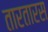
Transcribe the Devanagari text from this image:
तारतारस